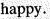
happy.